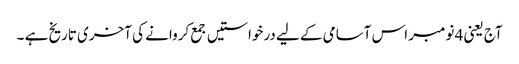
آج یعنی 4 نومبر اس آسامی کے لیے درخواستیں جمع کروانے کی آخری تاریخ ہے ۔